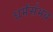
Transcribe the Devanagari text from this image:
धर्मसंभव